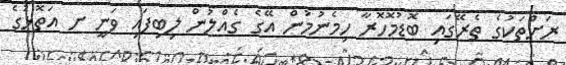
ރަށްތަކުގެ ތެރޭގައި ބޮޑުމޮހޮރާ ހިމެނުމުން އޭގެ ގެއްލުން ލިބިފައި ވަނީ ށ އަތޮޅުގެ